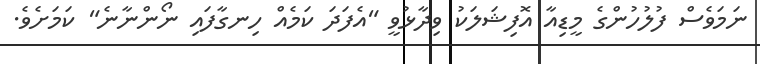
ނަމަވެސް ފުލުހުންގެ މީޑިއާ އޮފިޝަލަކު ވިދާޅުވީ "އެފަދަ ކަމެއް ހިނގާފައި ނޯންނާނެ" ކަމަށެވެ.